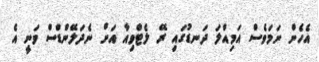
އެހެން ނަމަވެސް އަމިއްލަ ދަނޑުގައި ރޭ ލެޓްވިއާ އަށް ނެދަލޭންޑްސް ވަނީ އެ